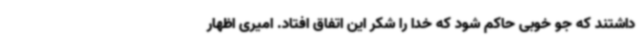
داشتند که جو خوبی حاکم شود که خدا را شکر این اتفاق افتاد. امیری اظهار